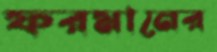
ফরমানের